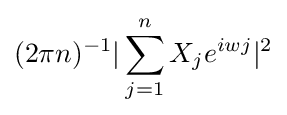
(2\pi n)^{-1}|\sum _{j=1}^{n}X_{j}e^{iwj}|^{2}